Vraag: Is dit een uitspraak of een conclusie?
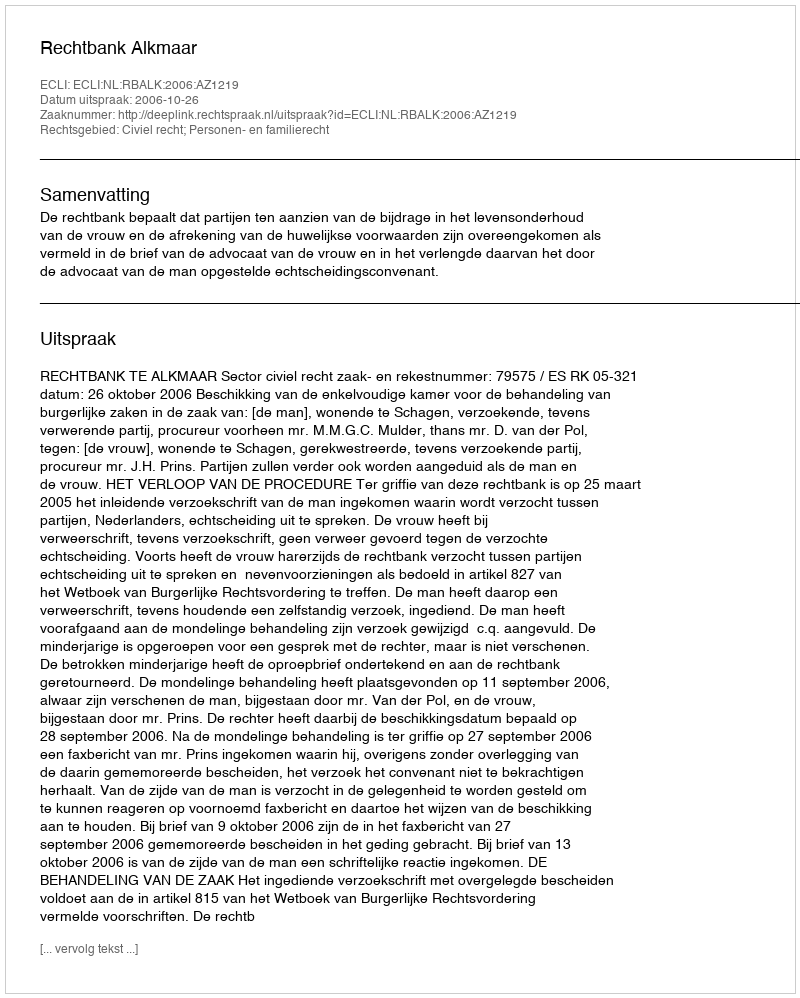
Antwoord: Uitspraak